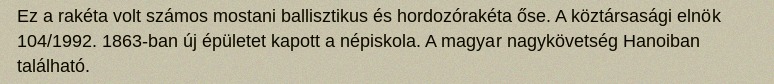
Ez a rakéta volt számos mostani ballisztikus és hordozórakéta őse. A köztársasági elnök 104/1992. 1863-ban új épületet kapott a népiskola. A magyar nagykövetség Hanoiban található.